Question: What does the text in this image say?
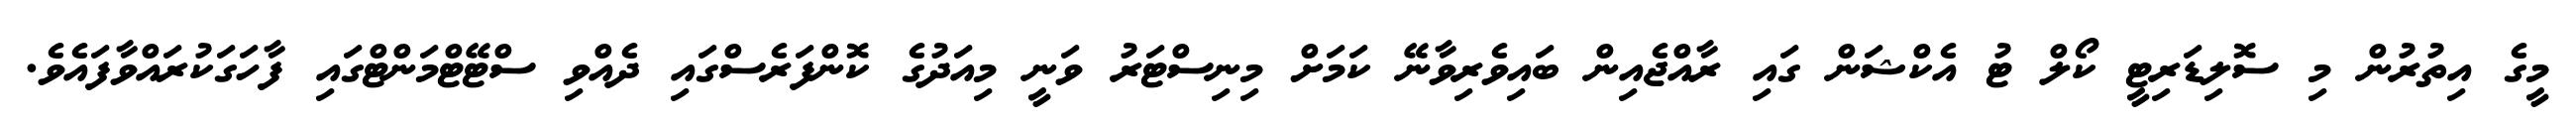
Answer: މީގެ އިތުރުން މި ސޮލިޑަރިޓީ ކޯލް ޓު އެކްޝަން ގައި ރާއްޖެއިން ބައިވެރިވާނޭ ކަމަށް މިނިސްޓަރު ވަނީ މިއަދުގެ ކޮންފަރެސްގައި ދެއްވި ސްޓޭޓްމަންޓްގައި ފާހަގަކުރައްވާފައެވެ.